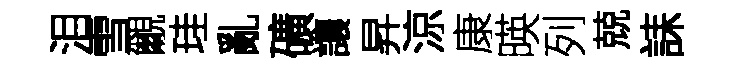
泪雪覼珪亂礦讓昇涼康暎列兢誄